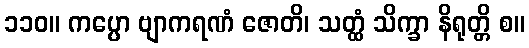
၁၁၀။ ကပ္ပော ဗျာကရဏံ ဇောတိ၊ သတ္ထံ သိက္ခာ နိရုတ္တိ စ။